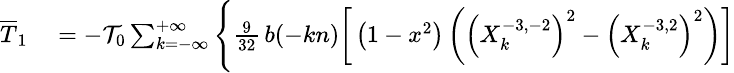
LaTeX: \small\begin{array}{rl}{\overline{T}_{1}}&{{}=-{\cal T}_{0}\sum_{k=-\infty}^{+\infty}\Bigg\{ \frac{9}{32}\, b(-kn)\bigg[\left(1-x^{2}\right)\left(\left(X_{k}^{-3,-2}\right)^{2}-\left(X_{k}^{-3,2}\right)^{2}\right)\bigg]}\end{array}